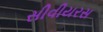
સીવીયરસ